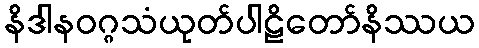
နိဒါနဝဂ္ဂသံယုတ်ပါဠိတော်နိဿယ